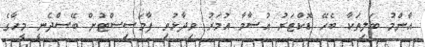
އާންމު ބަލިތަކާ ބެހޭ ޑޮކްޓަރު އުސާމާ އުމަރު ވިދާޅުވި ފާމަސިސްޓުން ބޭސްދެނީ މީހާގެ